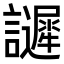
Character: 𧭟